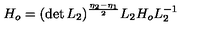
H _ { o } = ( \det L _ { 2 } ) ^ { \frac { \eta _ { 2 } - \eta _ { 1 } } { 2 } } L _ { 2 } H _ { o } L _ { 2 } ^ { - 1 }